65_HS1-834228961_62-HQ-83894_Section_2
Agency: FBI
Page 45
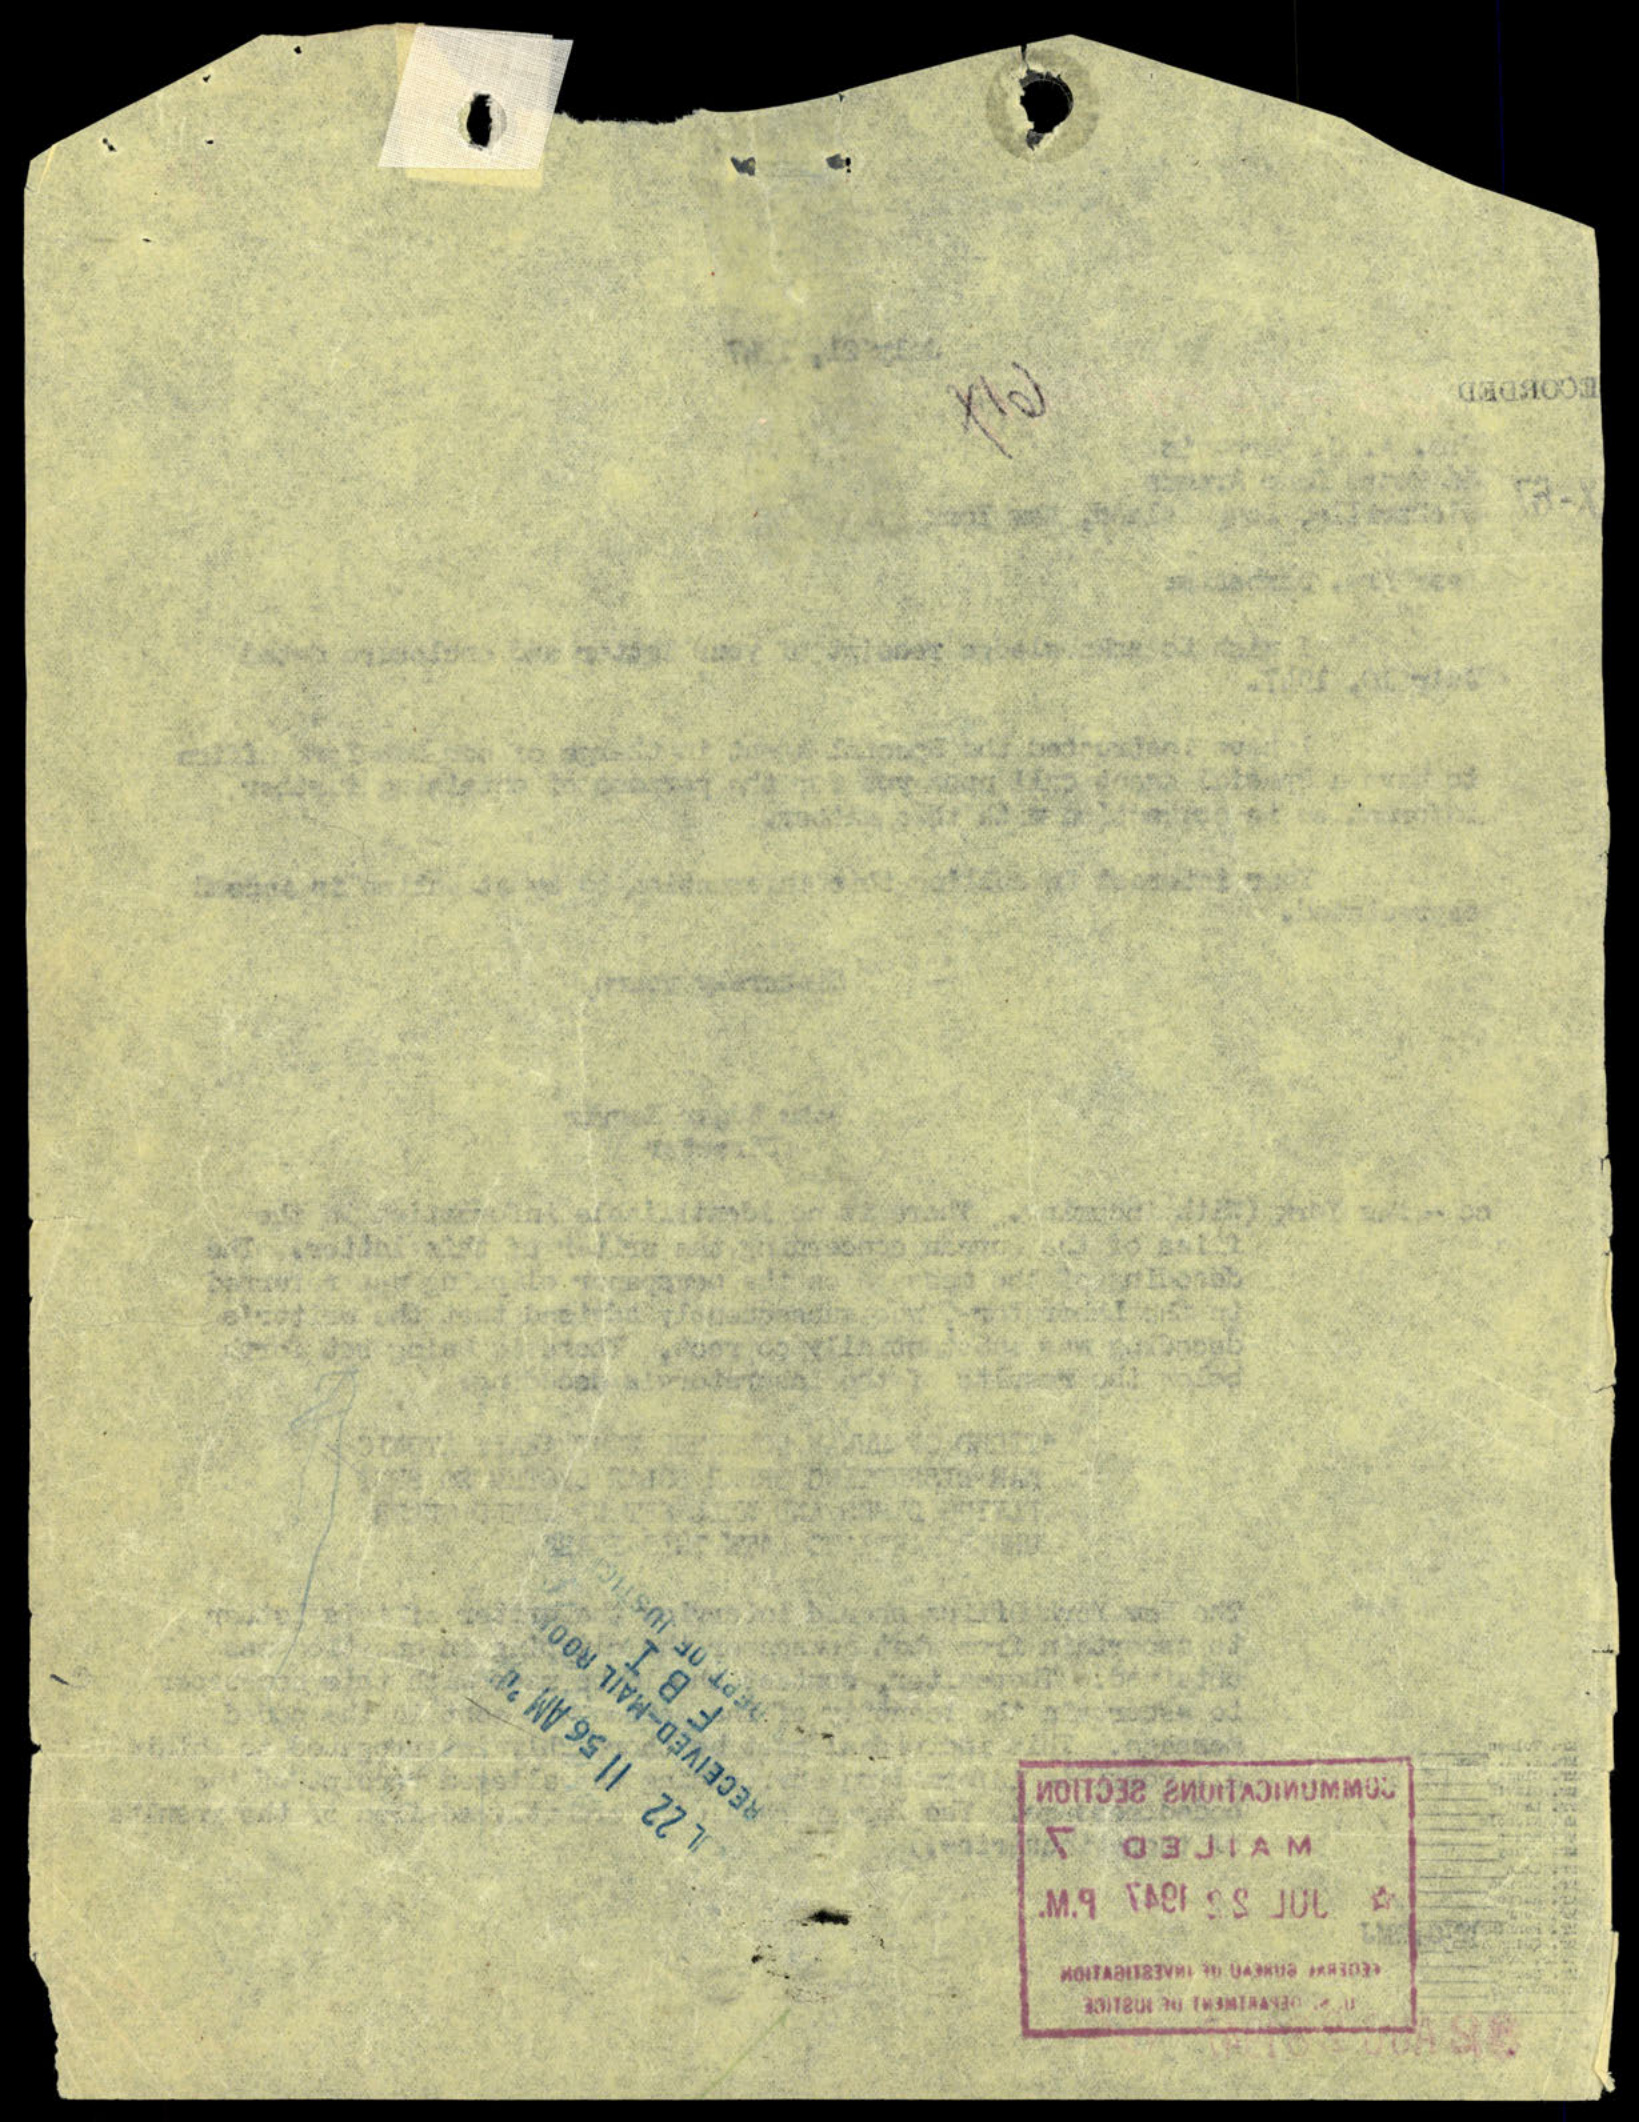